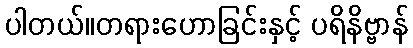
ပါတယ်။တရားဟောခြင်းနှင့် ပရိနိဗ္ဗာန်